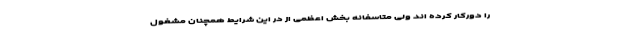
را دورکار کرده اند ولی متاسفانه بخش اعظمی از در این شرایط همچنان مشغول